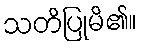
သတိပြုမိ၏။